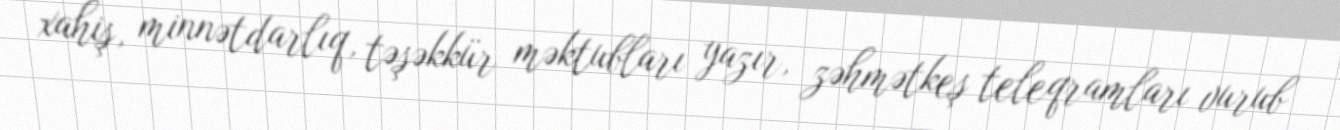
xahiş, minnətdarlıq, təşəkkür məktubları yazır, zəhmətkeş teleqramları vurub